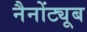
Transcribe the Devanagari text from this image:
नैनोंट्यूब